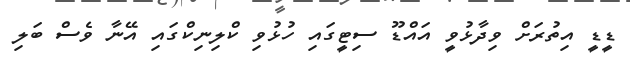
ޑީޑީ އިތުރަށް ވިދާޅުވީ އައްޑޫ ސިޓީގައި ހުޅުވި ކްލިނިކްގައި އޭނާ ވެސް ބަލި